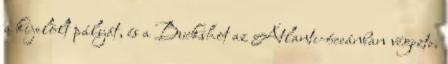
a kijelölt pályát, és a Buckshot az Atlanti-óceánban végezte.